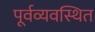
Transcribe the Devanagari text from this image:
पूर्वव्यवस्थित